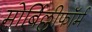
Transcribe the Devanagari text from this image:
मोर्बिल्लीफॉर्म